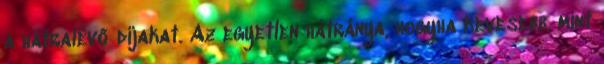
a hátralévő díjakat. Az egyetlen hátránya, hogyha kevesebb, mint